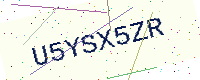
Text: U5YSX5ZR